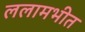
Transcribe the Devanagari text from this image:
ललामभीत